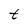
Character: t